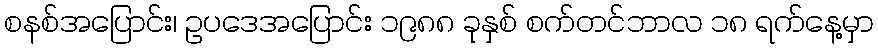
စနစ်အပြောင်း၊ ဥပဒေအပြောင်း ၁၉၈၈ ခုနှစ် စက်တင်ဘာလ ၁၈ ရက်နေ့မှာ